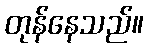
တုန်နေသည်။